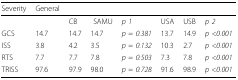
<table><thead><tr><td><b>Severity</b></td><td><b>General</b></td><td></td><td colspan="4"></td><td></td></tr></thead><tbody><tr><td></td><td></td><td>CB</td><td> SAMU</td><td><i>p 1</i></td><td>USA</td><td>USB</td><td><i>p 2</i></td></tr><tr><td>GCS</td><td>14.7</td><td>14.7</td><td>14.7</td><td><i>p</i> = <i>0.381</i></td><td>13.7</td><td>14.9</td><td><i>p</i> &lt;<i>0.001</i></td></tr><tr><td>ISS</td><td>3.8</td><td>4.2</td><td>3.5</td><td><i>p</i> = <i>0.132</i></td><td>10.3</td><td>2.7</td><td><i>p</i> &lt;<i>0.001</i></td></tr><tr><td>RTS</td><td>7.7</td><td>7.7</td><td>7.8</td><td><i>p</i> = <i>0.503</i></td><td>7.3</td><td>7.8</td><td><i>p</i> &lt;<i>0.001</i></td></tr><tr><td>TRISS</td><td>97.6</td><td>97.9</td><td>98.0</td><td><i>p</i> = <i>0.728</i></td><td>91.6</td><td>98.9</td><td><i>p</i> &lt;<i>0.001</i></td></tr></tbody></table>